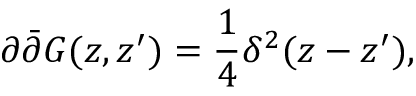
\partial \bar { \partial } G ( z , z ^ { \prime } ) = \frac { 1 } { 4 } \delta ^ { 2 } ( z - z ^ { \prime } ) ,